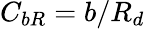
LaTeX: C_{bR}=b/R_{d}